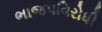
ભાજપવિરોધી